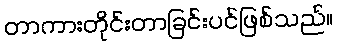
တာကားတိုင်းတာခြင်းပင်ဖြစ်သည်။